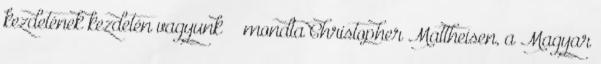
kezdetének kezdetén vagyunk” – mondta Christopher Mattheisen, a Magyar